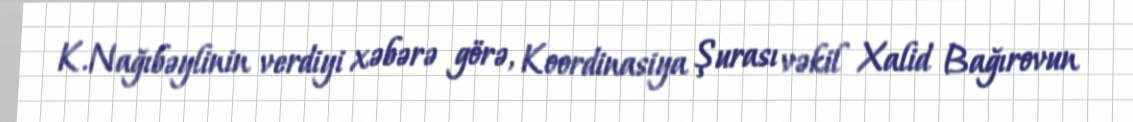
K.Nağıbəylinin verdiyi xəbərə görə, Koordinasiya Şurası vəkil Xalid Bağırovun